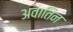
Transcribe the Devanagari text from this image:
अवातिन